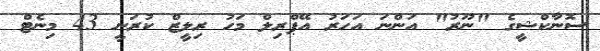
ސޮނާކްޝީގެ "ނޫރު" އަންނަ އަހަރު އޭޕްރިލް މަހު ރިލީޒް ކުރަނީ 43 މިނެޓް